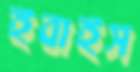
ইবাইস